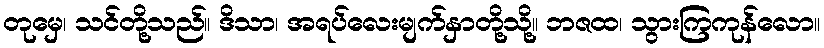
တုမှေ၊ သင်တို့သည်။ ဒိသာ၊ အရပ်လေးမျက်နှာတို့သို့။ ဘဇထ၊ သွားကြကုန်လော။